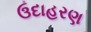
ઉદાહરણ